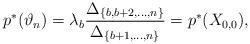
LaTeX: \begin{align*}p^*(\vartheta_n) = \lambda_{b}\frac{\Delta_{\{b,b+2,\dots, n\}}}{\Delta_{\{b+1,\dots, n\}}} = p^*(X_{0, 0}),\end{align*}